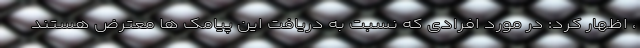
، اظهار کرد: در مورد افرادی که نسبت به دریافت این پیامک ها معترض هستند